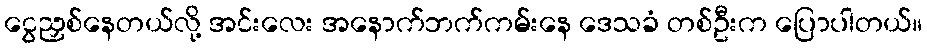
ငွေညှစ်နေတယ်လို့ အင်းလေး အနောက်ဘက်ကမ်းနေ ဒေသခံ တစ်ဦးက ပြောပါတယ်။